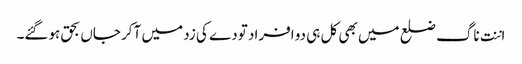
اننت ناگ ضلع میں بھی کل ہی دو افراد تودے کی زد میں آکر جاں بحق ہوگئے۔